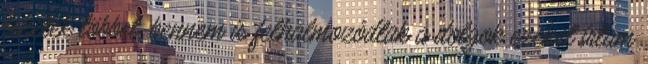
tehetek többet. bennem is felhalmozódtak a dolgok ezeket írtam